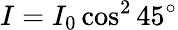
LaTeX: I=I_{0}\cos^{2}{45^{\circ}}